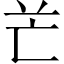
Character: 𠅇